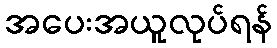
အပေးအယူလုပ်ရန်